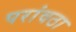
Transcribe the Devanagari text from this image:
परांवठा